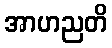
အာဟညတိ